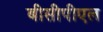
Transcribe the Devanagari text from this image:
बीसीपीएल